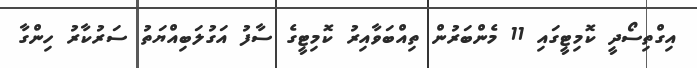
އިގްތިސޯދީ ކޮމިޓީގައި 11 މެންބަރުން ތިއްބަވާއިރު ކޮމިޓީގެ ސާފު އަގުލަބިއްޔަތު ސަރުކާރު ހިންގާ